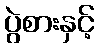
ပွဲစားနှင့်